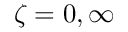
\zeta = 0 , \infty